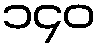
၁၄၀